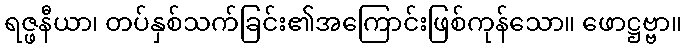
ရဇ္ဖနီယာ၊ တပ်နှစ်သက်ခြင်း၏အကြောင်းဖြစ်ကုန်သော။ ဖောဋ္ဌဗ္ဗာ။